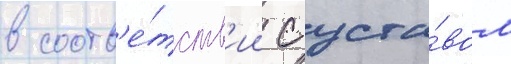
в соотв'е́тств'ии с уста́вом